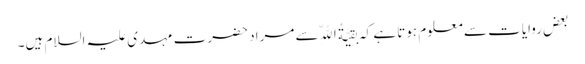
بعض روایات سے معلوم ہوتا ہے کہ بَقِیَّةُ اللّهِ سے مراد حضرت مہدی علیہ السلام ہیں۔